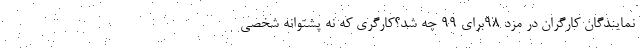
نمایندگان کارگران در مزد 98برای 99 چه شد؟کارگری که نه پشتوانه شخصی